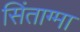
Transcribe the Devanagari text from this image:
सिंताग्मा